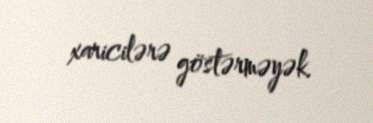
xaricilərə göstərməyək.